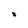
Character: 8